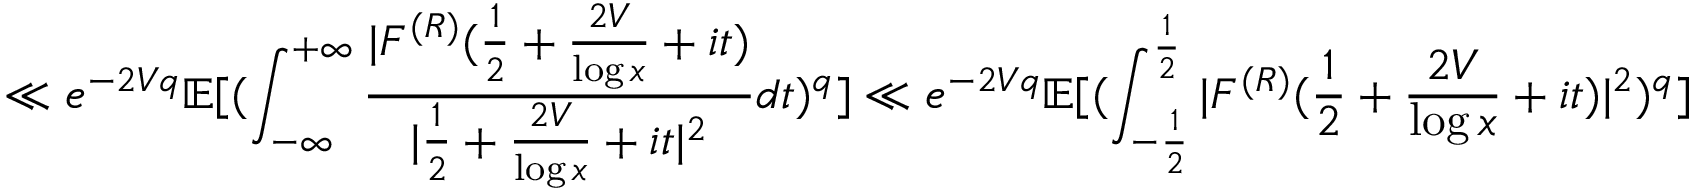
\ll e ^ { - 2 V q } \mathbb E [ ( \int _ { - \infty } ^ { + \infty } \frac { | F ^ { ( R ) } ( \frac { 1 } { 2 } + \frac { 2 V } { \log x } + i t ) } { | \frac { 1 } { 2 } + \frac { 2 V } { \log x } + i t | ^ { 2 } } d t ) ^ { q } ] \ll e ^ { - 2 V q } \mathbb E [ ( \int _ { - \frac { 1 } { 2 } } ^ { \frac { 1 } { 2 } } | F ^ { ( R ) } ( \frac { 1 } { 2 } + \frac { 2 V } { \log x } + i t ) | ^ { 2 } ) ^ { q } ]